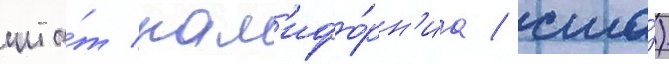
шта́т кал'ифо́рн'иа / сша́)